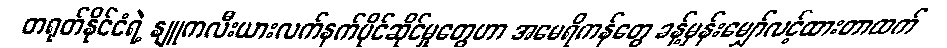
တရုတ်နိုင်ငံရဲ့ နျူကလီးယားလက်နက်ပိုင်ဆိုင်မှုတွေဟာ အမေရိကန်တွေ ခန့်မှန်းမျှော်လင့်ထားတာထက်